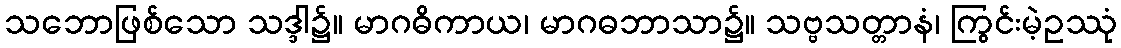
သဘောဖြစ်သော သဒ္ဒါ၌။ မာဂဓိကာယ၊ မာဂဓဘာသာ၌။ သဗ္ဗသတ္တာနံ၊ ကြွင်းမဲ့ဥဿုံ